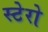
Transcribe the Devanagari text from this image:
स्टेरो